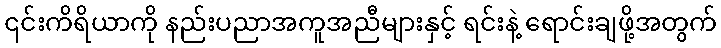
၎င်းကိရိယာကို နည်းပညာအကူအညီများနှင့် ရင်းနဲ့ ရောင်းချဖို့အတွက်